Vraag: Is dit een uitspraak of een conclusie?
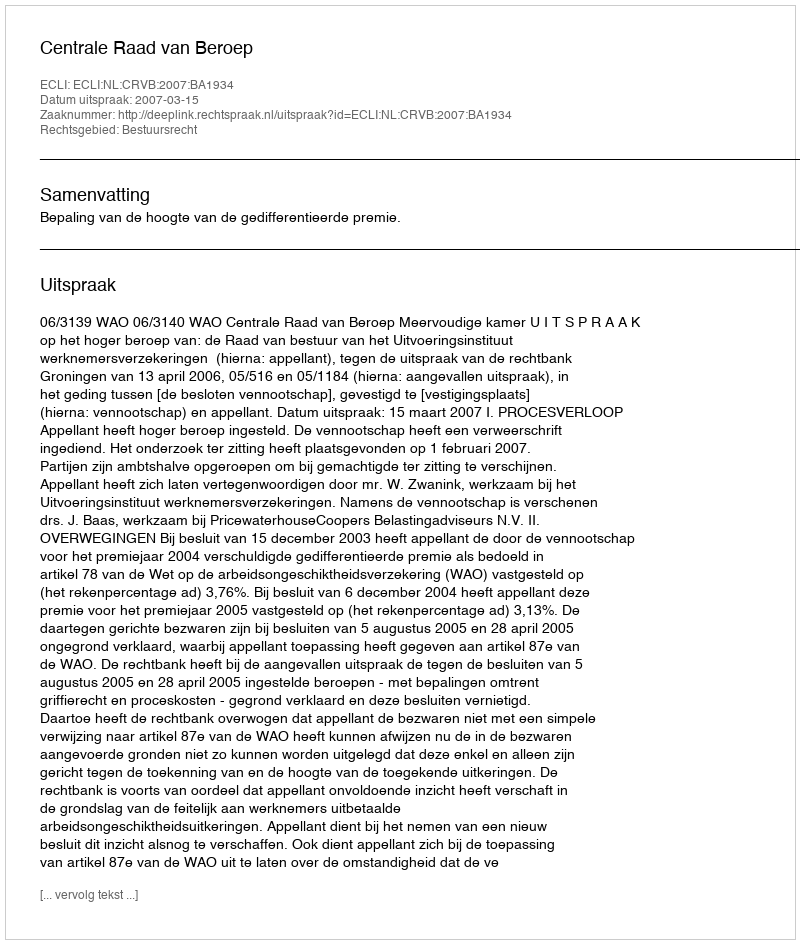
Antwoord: Uitspraak